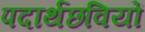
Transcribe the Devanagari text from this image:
पदार्थछवियों